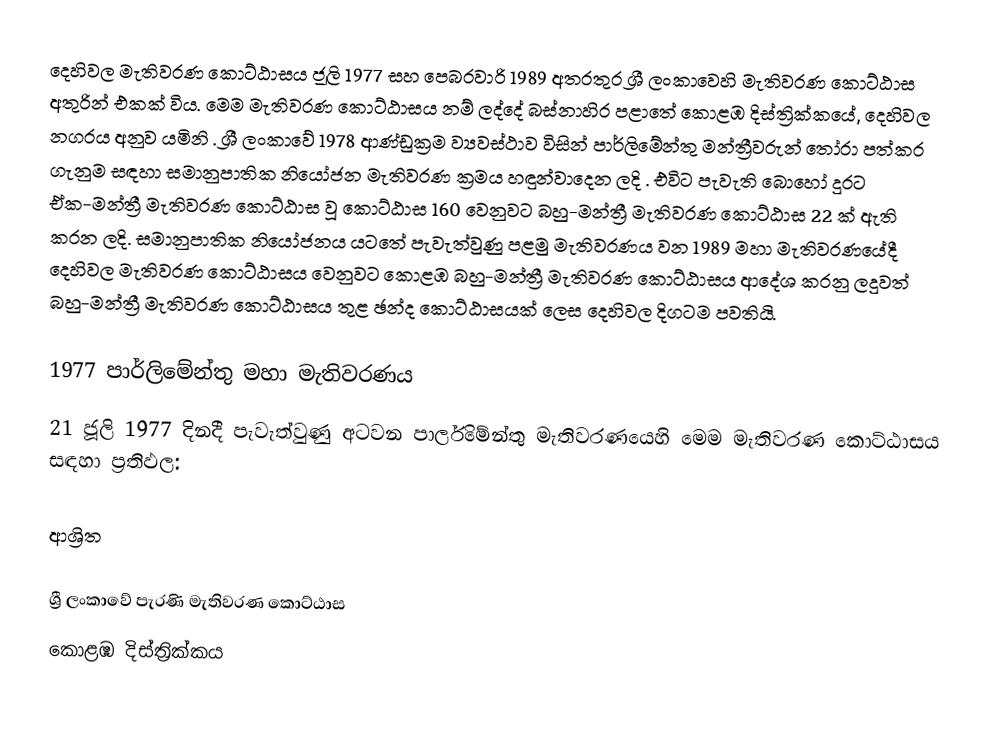
දෙහිවල  මැතිවරණ කොට්ඨාසය ජූලි 1977 සහ පෙබරවාරි 1989 අතරතුර  ශ්‍රී ලංකාවෙහි  මැතිවරණ කොට්ඨාස අතුරින් එකක් විය. මෙම මැතිවරණ කොට්ඨාසය නම් ලද්දේ  බස්නාහිර පළාතේ  කොළඹ  දිස්ත්‍රික්කයේ,  දෙහිවල  නගරය අනුව යමිනි . ශ්‍රී ලංකාවේ 1978 ආණ්ඩුක්‍රම ව්‍යවස්ථාව විසින්   පාර්ලිමේන්තු මන්ත්‍රීවරුන් තෝරා පත්කර ගැනුම සඳහා සමානුපාතික නියෝජන මැතිවරණ ක්‍රමය හඳුන්වාදෙන ලදි . එවිට පැවැති බොහෝ දුරට  ඒක-මන්ත්‍රී මැතිවරණ කොට්ඨාස වූ කොට්ඨාස 160 වෙනුවට බහු-මන්ත්‍රී මැතිවරණ කොට්ඨාස 22 ක් ඇති කරන ලදි. සමානුපාතික නියෝජනය යටතේ පැවැත්වුණු පළමු මැතිවරණය වන 1989 මහා මැතිවරණයේදී  දෙහිවල  මැතිවරණ කොට්ඨාසය වෙනුවට  කොළඹ බහු-මන්ත්‍රී මැතිවරණ කොට්ඨාසය  ආදේශ කරනු ලදුවත් බහු-මන්ත්‍රී මැතිවරණ කොට්ඨාසය තුළ ඡන්ද කොට්ඨාසයක් ලෙස දෙහිවල  දිගටම පවතියි.

1977 පාර්ලිමේන්තු මහා මැතිවරණය
21 ජූලි 1977 දිනදී පැවැත්වුණු  අටවන පාර්ලිමේන්තු මැතිවරණයෙහි මෙම මැතිවරණ කොට්ඨාසය සඳහා ප්‍රතිඵල:

ආශ්‍රිත

ශ්‍රී ලංකාවේ පැරණි මැතිවරණ කොට්ඨාස
 කොළඹ දිස්ත්‍රික්කය